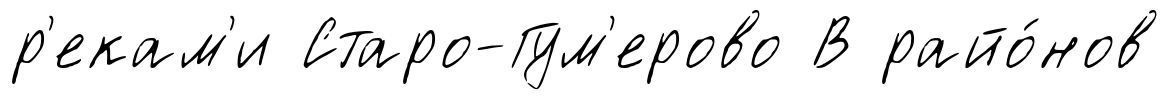
р'екам'и Старо-Гум'ерово В райо́нов